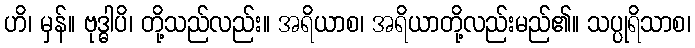
ဟိ၊ မှန်။ ဗုဒ္ဓါပိ၊ တို့သည်လည်း။ အရိယာစ၊ အရိယာတို့လည်းမည်၏။ သပ္ပုရိသာစ၊